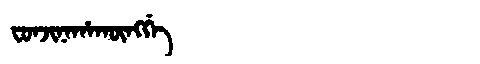
Manchu: ᠸᠣᠨᠵᡳᠨᠠᡥᠠᡴᡡᠩᡤᡝ
Romanization: FONJINAHAKŪNGGE